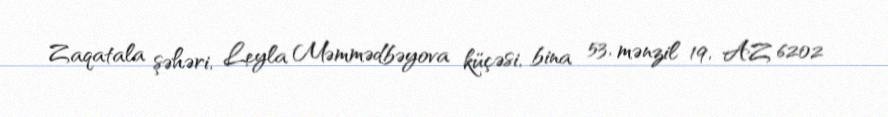
Zaqatala şəhəri, Leyla Məmmədbəyova küçəsi, bina 53, mənzil 19, AZ 6202